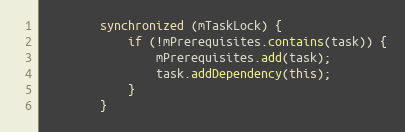
Language: Java
        synchronized (mTaskLock) {
            if (!mPrerequisites.contains(task)) {
                mPrerequisites.add(task);
                task.addDependency(this);
            }
        }